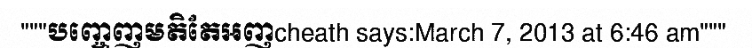
"""បញ្ចេញមតិតែអញcheath says:March 7, 2013 at 6:46 am"""